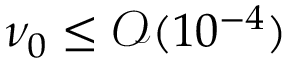
\nu _ { 0 } \leq \mathcal { O } ( 1 0 ^ { - 4 } )